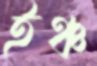
ইঞ্চ